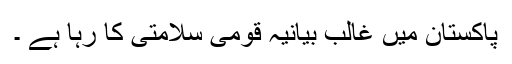
پاکستان میں غالب بیانیہ قومی سلامتی کا رہا ہے ۔